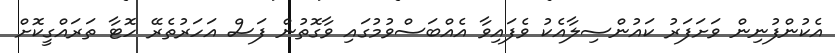
އެކުންފުނިން ވަށަފަރު ކައުންސިލާއެކު ވެފައިވާ އެއްބަސްވުމުގައި ވާގޮތުން ފަސް އަހަރުތެރޭ ހޮޓާ ތަރައްގީކޮށް